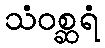
သံဝစ္ဆရံ